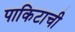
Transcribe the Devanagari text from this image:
पाकिटाची